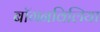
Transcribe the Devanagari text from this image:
बॉगनविलिया